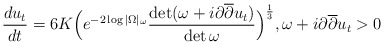
\begin{align*} \frac{du_t}{dt} = 6K \Big(e^{-2 \log |\Omega|_{\omega}} \frac{\det (\omega + i \partial \overline{\partial} u_t)}{\det \omega} \Big)^\frac{1}{3}, \omega + i \partial \overline{\partial} u_t > 0\end{align*}